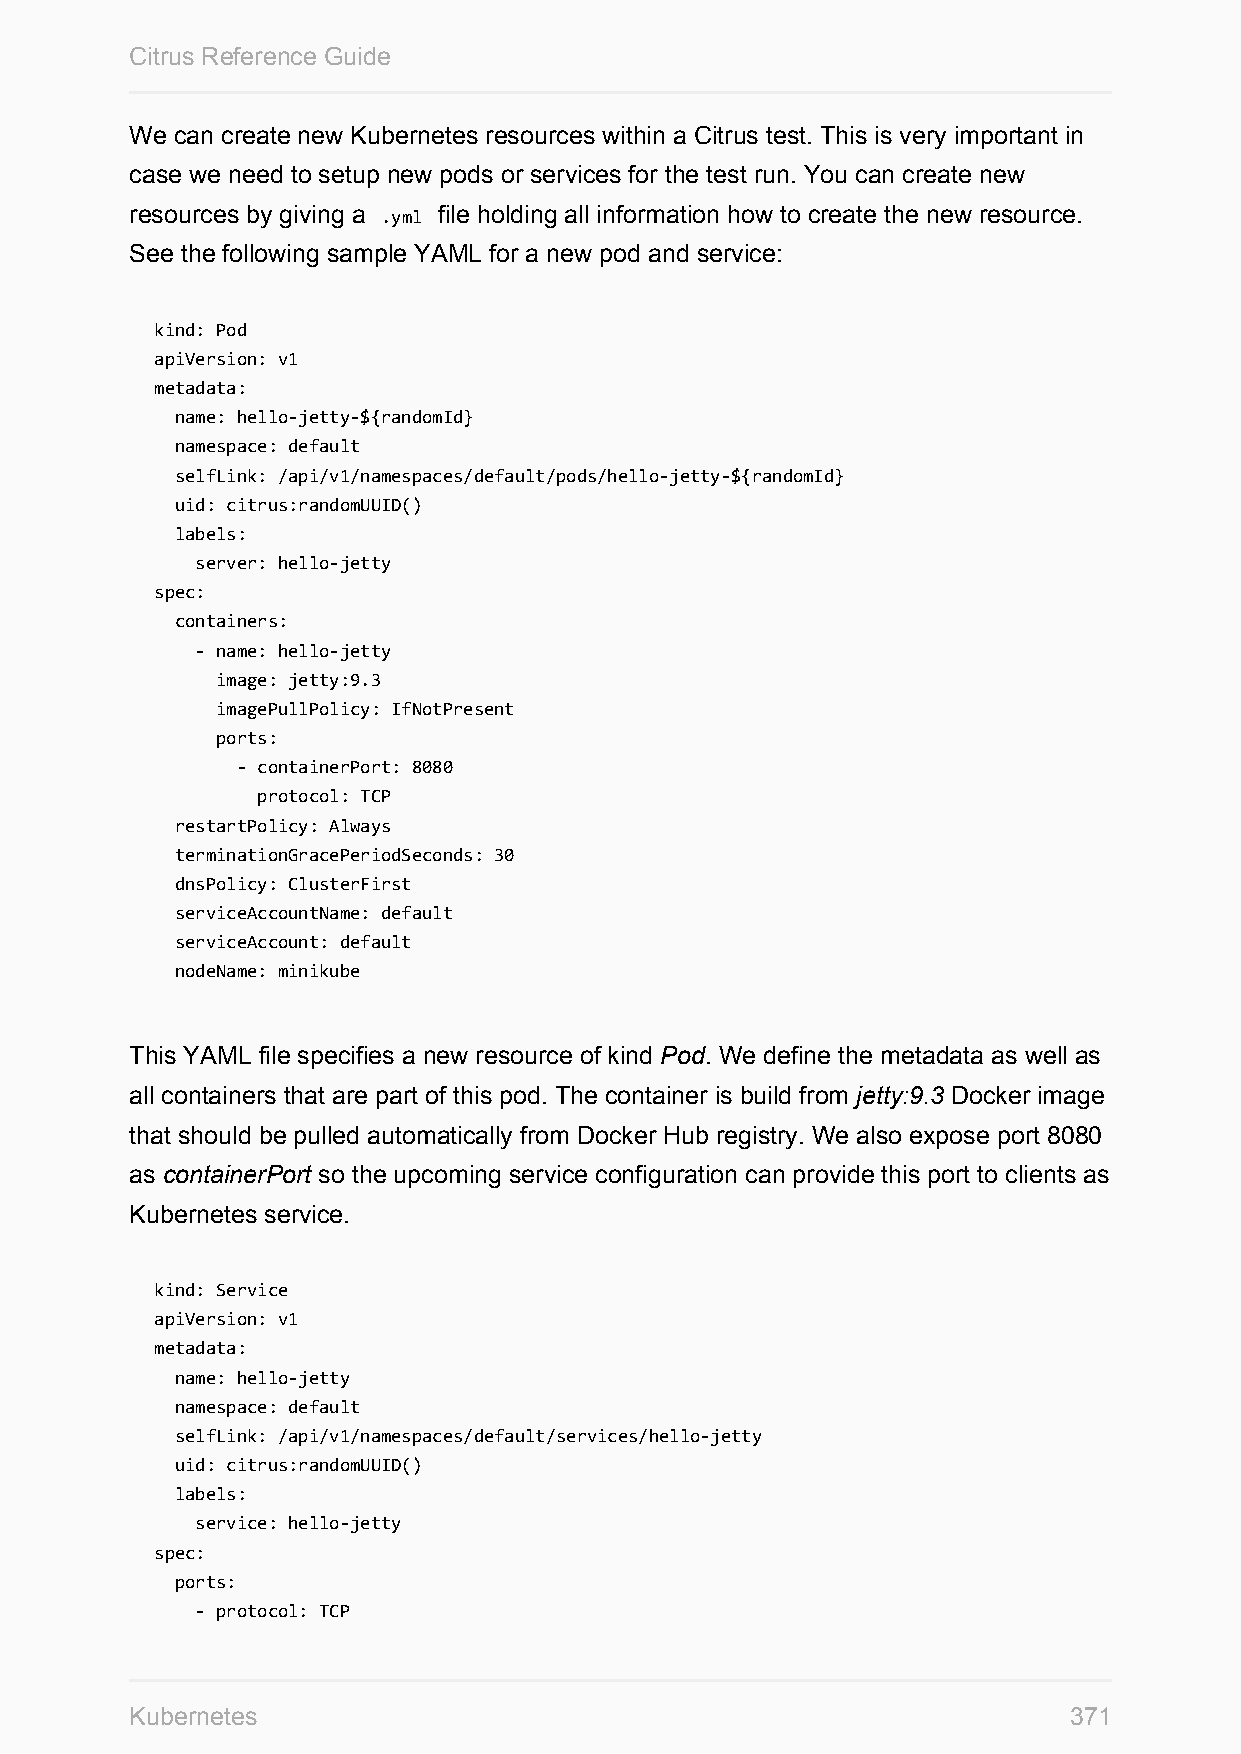
Citrus Reference Guide
 We can create new Kubernetes resources within a Citrus test. This is very important in
 case we need to setup new pods or services for the test run. You can create new
 resources by giving a .yml file holding all information how to create the new resource.
 See the following sample YAML for a new pod and service:
 kind: Pod
 apiVersion: v1
 metadata:
 name: hello-jetty-${randomId}
 namespace: default
 selfLink: /api/v1/namespaces/default/pods/hello-jetty-${randomId}
 uid: citrus:randomUUID()
 labels:
 server: hello-jetty
 spec:
 containers:
 - name: hello-jetty
 image: jetty:9.3
 imagePullPolicy: IfNotPresent
 ports:
 - containerPort: 8080
 protocol: TCP
 restartPolicy: Always
 terminationGracePeriodSeconds: 30
 dnsPolicy: ClusterFirst
 serviceAccountName: default
 serviceAccount: default
 nodeName: minikube
 This YAML file specifies a new resource of kind Pod. We define the metadata as well as
 all containers that are part of this pod. The container is build from jetty:9.3 Docker image
 that should be pulled automatically from Docker Hub registry. We also expose port 8080
 as containerPort so the upcoming service configuration can provide this port to clients as
 Kubernetes service.
 kind: Service
 apiVersion: v1
 metadata:
 name: hello-jetty
 namespace: default
 selfLink: /api/v1/namespaces/default/services/hello-jetty
 uid: citrus:randomUUID()
 labels:
 service: hello-jetty
 spec:
 ports:
 - protocol: TCP
 Kubernetes                                                    371